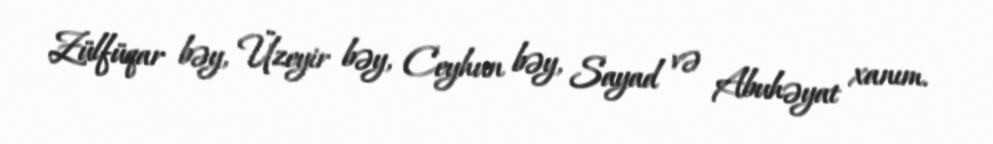
Zülfüqar bəy, Üzeyir bəy, Ceyhun bəy, Sayad və Abuhəyat xanım.